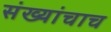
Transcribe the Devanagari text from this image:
संख्यांचाच